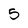
Character: 5